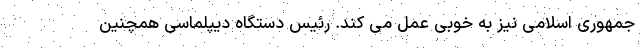
جمهوری اسلامی نیز به خوبی عمل می کند. رئیس دستگاه دیپلماسی همچنین